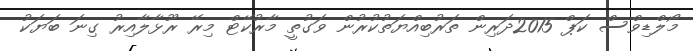
މޯލްޑިވްސް ކަޕް 2015ދަރިން ތަރުބިއްޔަތުކުރުން ވަގުތީ މާރުކޭޓް މިރޭ ރޫޅާލާއިރު ގިނަ ބަޔަކު